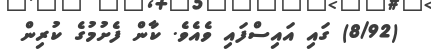
(8/92) ގައި އައިސްފައި ވެއެވެ. ކާން ފެށުމުގެ ކުރިން